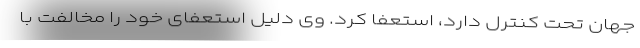
جهان تحت کنترل دارد، استعفا کرد. وی دلیل استعفای خود را مخالفت با